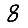
Digit: 8